Punjab Mental Hospital Lahore 1932-46 - 1932-1946
Year: 1932
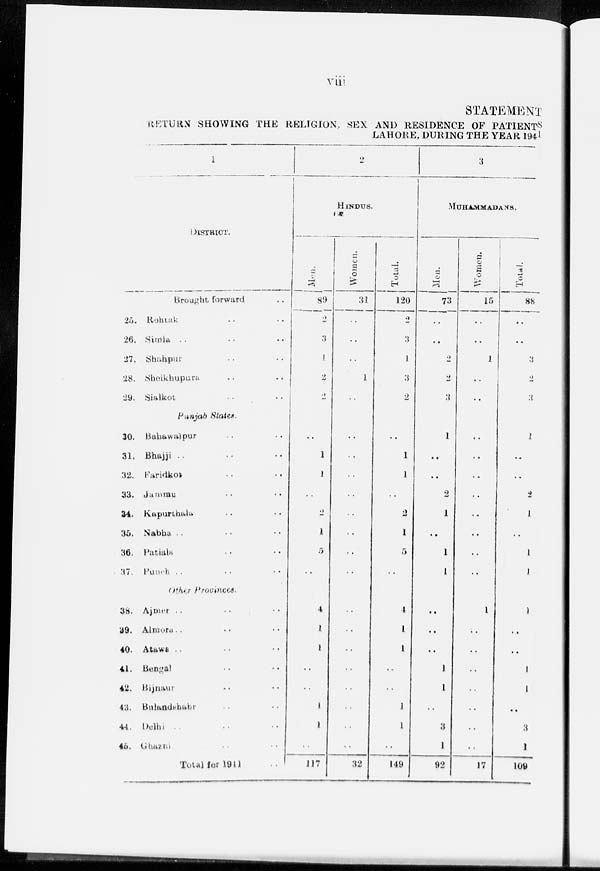
viii
STATEMENT
RETURN SHOWING THE RELIGION, SEX AND RESIDENCE OF PATIENTS
LAHORE, DURING THE YEAR 1941
DISTRICT.
Brought forward ..
25.
26.
27.
28.
29.
Rohtak .. ..
Simla .. .. ..
Shahpur .. ..
Sheikhupura .. ..
Sialkot .. ..
Punjab States.
30.
31.
32.
33.
34.
35.
36.
37.
Bahawalpur .. ..
Bhajji .. .. ..
Faridkot .. ...
Jammu .. ..
Kapurthala .. ..
Nabha .. .. ..
Patiala .. ..
Punch .. .. ..
Other Provinces
38.
39.
40.
41.
42.
43.
44.
45.
Ajmer .. .. ..
Almora . . .. ..
Atawa .. .. ..
Bengal
Bijnaur .. ..
Bulandshabr .. ..
Delhi .. .. ..
Gtuzta ..
Total for 1991 ..
2
HINDUS
Men.
89
2
3
1
2
2
..
1
1
..
2
1
5
..
4
1
1
..
..
1
1
..
117
Women
31
..
..
..
1
..
..
..
..
..
..
..
..
..
..
..
..
..
..
..
..
..
32
Total.
120
2
3
1
3
2
..
1
1
..
2
1
5
..
4
1
1
..
..
1
1
..
149
3
MUHAMMADANS.
Men.
73
..
..
2
2
3
1
..
..
2
1
..
1
1
..
..
..
1
1
..
3
1
92
Women.
15
..
..
1
..
..
..
..
..
..
..
..
..
..
1
..
..
..
..
..
..
..
17
Total.
88
..
..
3
2
3
1
..
..
2
1
..
1
1
1
..
..
1
1
..
3
1
109